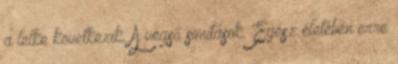
a lelke következik. A végső simítások. Egész életében erre